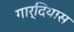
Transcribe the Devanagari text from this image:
गार्दियास